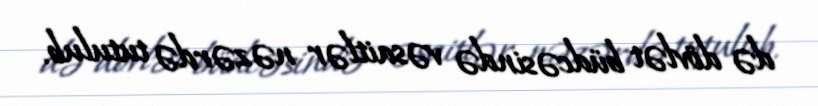
də dövlət büdcəsində vəsaitlər nəzərdə tutulub.